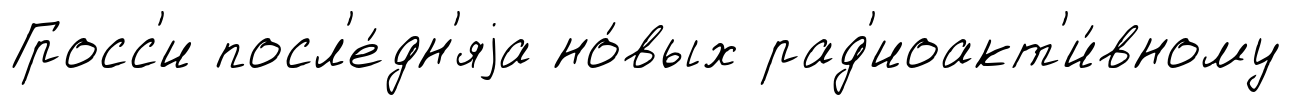
Гросс'и посл'е́дн'яjа но́вых рад'иоакт'и́вному